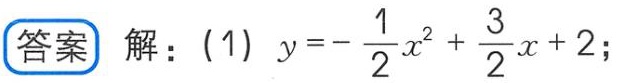
解：(1) \(y = -\frac{1}{2}x^{2}+\frac{3}{2}x + 2\);